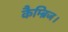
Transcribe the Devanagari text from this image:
कैम्ब्रिज।